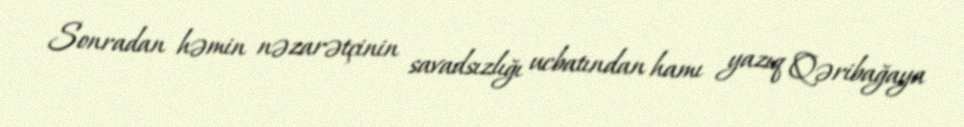
Sonradan həmin nəzarətçinin savadsızlığı ucbatından hamı yazıq Qəribağaya